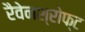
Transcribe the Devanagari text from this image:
रैवेनश्रोफ्ट